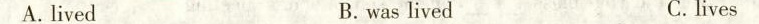
A. lived B. was lived C.lives